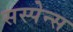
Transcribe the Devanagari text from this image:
सस्पेन्स